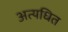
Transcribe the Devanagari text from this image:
अत्यधित